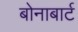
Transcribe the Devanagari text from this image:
बोनाबार्ट